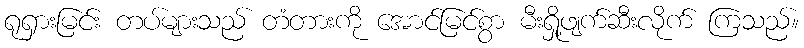
ရုရှားမြင်း တပ်များသည် တံတားကို အောင်မြင်စွာ မီးရှို့ဖျက်ဆီးလိုက် ကြသည်။